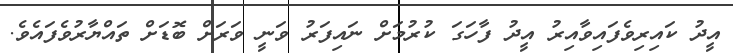
އީދު ކައިރިވެފައިވާއިރު އީދު ފާހަގަ ކުރުމަށް ނައިފަރު ވަނީ ވަރަށް ބޮޑަށް ތައްޔާރުވެފައެވެ.